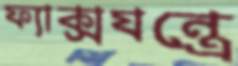
ফ্যাক্সযন্ত্রে